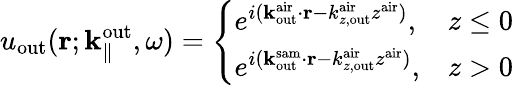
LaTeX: u_{\mathrm{out}}({\mathbf r};{\mathbf k}_{\parallel}^{\mathrm{out}},\omega)=\left\{ \begin{array}{ll}{e^{i({\mathbf k}_{\mathrm{out}}^{\mathrm{air}}\cdot{\mathbf r}-k_{z,\mathrm{out}}^{\mathrm{air}}z^{\mathrm{air}})},}&{z\leq 0}\\ {e^{i({\mathbf k}_{\mathrm{out}}^{\mathrm{sam}}\cdot{\mathbf r}-k_{z,\mathrm{out}}^{\mathrm{air}}z^{\mathrm{air}})},}&{z>0}\end{array}\right.